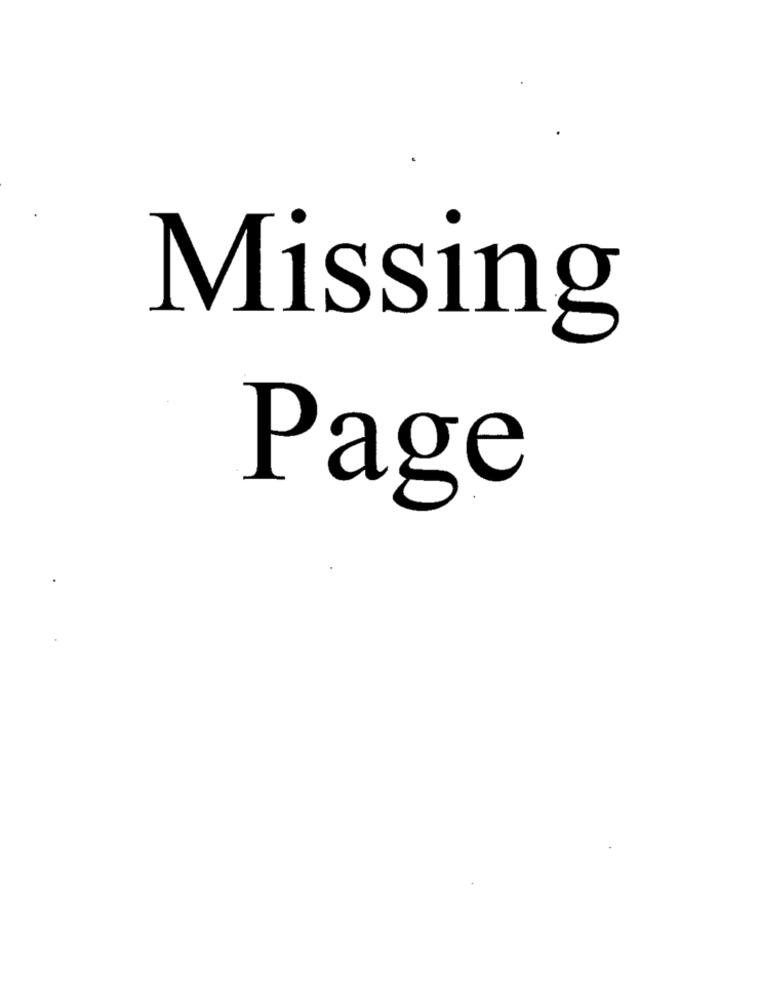
Missing
Page